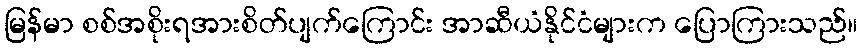
မြန်မာ စစ်အစိုးရအားစိတ်ပျက်ကြောင်း အာဆီယံနိုင်ငံများက ပြောကြားသည်။